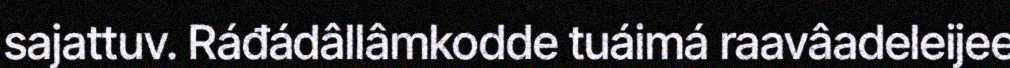
sajattuv. Ráđádâllâmkodde tuáimá raavâadeleijee